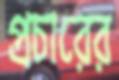
প্রচারের